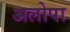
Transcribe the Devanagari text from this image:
अलोपा